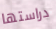
دراستها